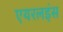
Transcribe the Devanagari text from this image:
एयरलइंस